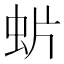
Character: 𧈼